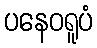
ပနေဝရူပံ